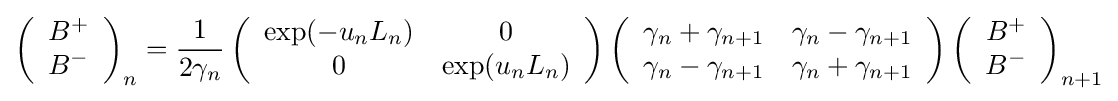
\left({\begin{array}{c}B^{+}\\B^{-}\end{array}}\right)_{n}={\frac {1}{2\gamma _{n}}}\left({\begin{array}{cc}\exp(-u_{n}L_{n})&0\\0&\exp(u_{n}L_{n})\end{array}}\right)\left({\begin{array}{cc}\gamma _{n}+\gamma _{n+1}&\gamma _{n}-\gamma _{n+1}\\\gamma _{n}-\gamma _{n+1}&\gamma _{n}+\gamma _{n+1}\end{array}}\right)\left({\begin{array}{c}B^{+}\\B^{-}\end{array}}\right)_{n+1}